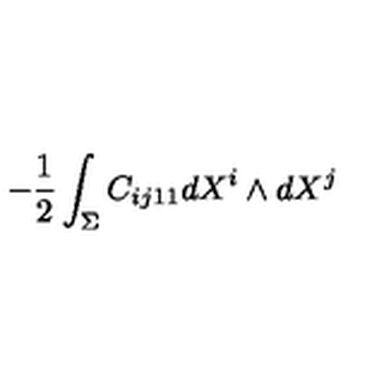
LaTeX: - \frac { 1 } { 2 } \int _ { \Sigma } C _ { i j 1 1 } d X ^ { i } \wedge d X ^ { j } \nonumber